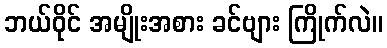
ဘယ်ဝိုင် အမျိုးအစား ခင်ဗျား ကြိုက်လဲ။